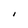
Character: I